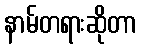
နာမ်တရားဆိုတာ